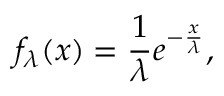
f _ { \lambda } ( x ) = \frac { 1 } { \lambda } e ^ { - \frac { x } { \lambda } } ,